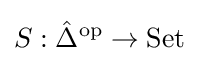
S:{\hat {\Delta }}^{\text{op}}\to {\text{Set}}